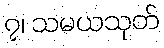
၇၊ သမယသုတ်